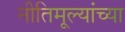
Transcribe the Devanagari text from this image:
नीतिमूल्यांच्या